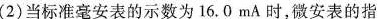
(2)当标准毫安表的示数为16.0mA时，微安表的指